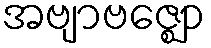
အဗျာဗဇ္ဈော